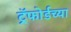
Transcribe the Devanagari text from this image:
ट्रॅफोर्डच्या